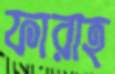
ফারাহ